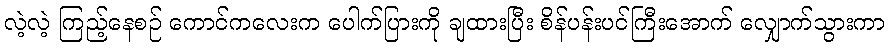
လဲ့လဲ့ ကြည့်နေစဉ် ကောင်ကလေးက ပေါက်ပြားကို ချထားပြီး စိန်ပန်းပင်ကြီးအောက် လျှောက်သွားကာ